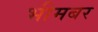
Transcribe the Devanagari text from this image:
भीमबर